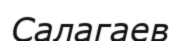
Салагаев